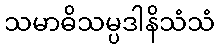
သမာဓိသမ္ပဒါနိသံသံ